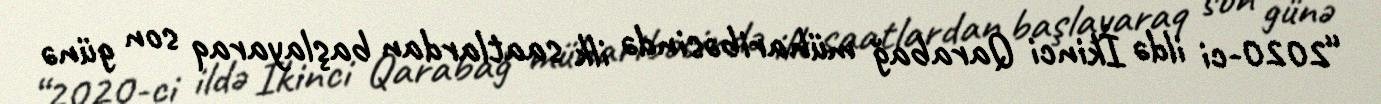
“2020-ci ildə İkinci Qarabağ müharibəsində ilk saatlardan başlayaraq son günə